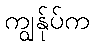
ကျွန်ုပ်က